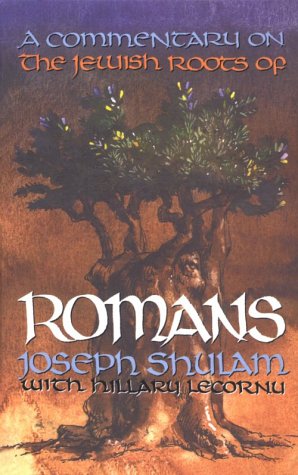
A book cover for A Commentary on the Jewish Roots of Romans; Joseph Shulam; Christian Books & Bibles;